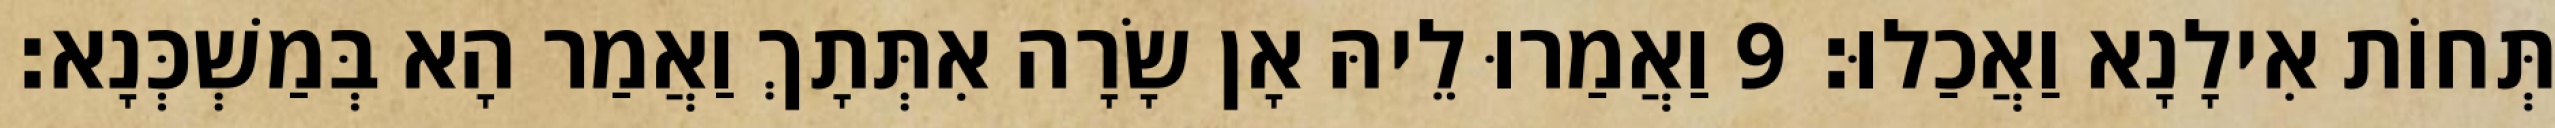
תְּחוֹת אִילָנָא וַאֲכַלוּ׃ 9 וַאֲמַרוּ לֵיהּ אָן שָׂרָה אִתְּתָךְ וַאֲמַר הָא בְּמַשְׁכְּנָא׃